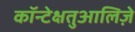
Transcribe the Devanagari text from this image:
कॉन्टेक्षतुआलिज़े